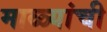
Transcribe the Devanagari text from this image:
माळ्यांची